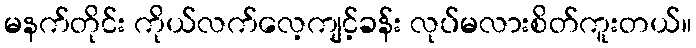
မနက်တိုင်း ကိုယ်လက်လေ့ကျင့်ခန်း လုပ်မလားစိတ်ကူးတယ်။